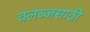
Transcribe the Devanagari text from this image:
क्लब्जसाठी